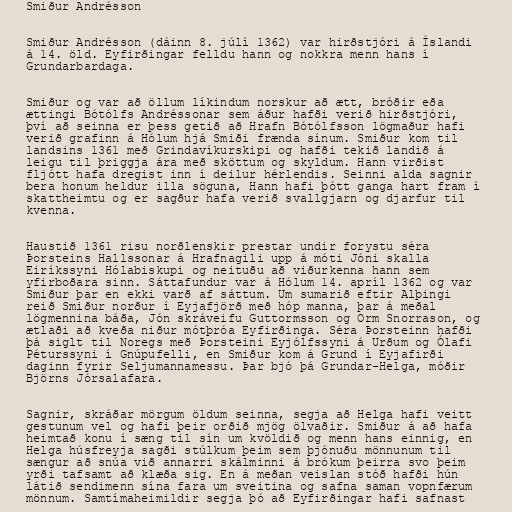
Smiður Andrésson

Smiður Andrésson (dáinn 8. júlí 1362) var hirðstjóri á Íslandi
á 14. öld. Eyfirðingar felldu hann og nokkra menn hans í
Grundarbardaga.

Smiður og var að öllum líkindum norskur að ætt, bróðir eða
ættingi Bótólfs Andréssonar sem áður hafði verið hirðstjóri,
því að seinna er þess getið að Hrafn Bótólfsson lögmaður hafi
verið grafinn á Hólum hjá Smiði frænda sínum. Smiður kom til
landsins 1361 með Grindavíkurskipi og hafði tekið landið á
leigu til þriggja ára með sköttum og skyldum. Hann virðist
fljótt hafa dregist inn í deilur hérlendis. Seinni alda sagnir
bera honum heldur illa söguna, Hann hafi þótt ganga hart fram í
skattheimtu og er sagður hafa verið svallgjarn og djarfur til
kvenna.

Haustið 1361 risu norðlenskir prestar undir forystu séra
Þorsteins Hallssonar á Hrafnagili upp á móti Jóni skalla
Eiríkssyni Hólabiskupi og neituðu að viðurkenna hann sem
yfirboðara sinn. Sáttafundur var á Hólum 14. apríl 1362 og var
Smiður þar en ekki varð af sáttum. Um sumarið eftir Alþingi
reið Smiður norður í Eyjafjörð með hóp manna, þar á meðal
lögmennina báða, Jón skráveifu Guttormsson og Orm Snorrason, og
ætlaði að kveða niður mótþróa Eyfirðinga. Séra Þorsteinn hafði
þá siglt til Noregs með Þorsteini Eyjólfssyni á Urðum og Ólafi
Péturssyni í Gnúpufelli, en Smiður kom á Grund í Eyjafirði
daginn fyrir Seljumannamessu. Þar bjó þá Grundar-Helga, móðir
Björns Jórsalafara.

Sagnir, skráðar mörgum öldum seinna, segja að Helga hafi veitt
gestunum vel og hafi þeir orðið mjög ölvaðir. Smiður á að hafa
heimtað konu í sæng til sín um kvöldið og menn hans einnig, en
Helga húsfreyja sagði stúlkum þeim sem þjónuðu mönnunum til
sængur að snúa við annarri skálminni á brókum þeirra svo þeim
yrði tafsamt að klæða sig. En á meðan veislan stóð hafði hún
látið sendimenn sína fara um sveitina og safna saman vopnfærum
mönnum. Samtímaheimildir segja þó að Eyfirðingar hafi safnast